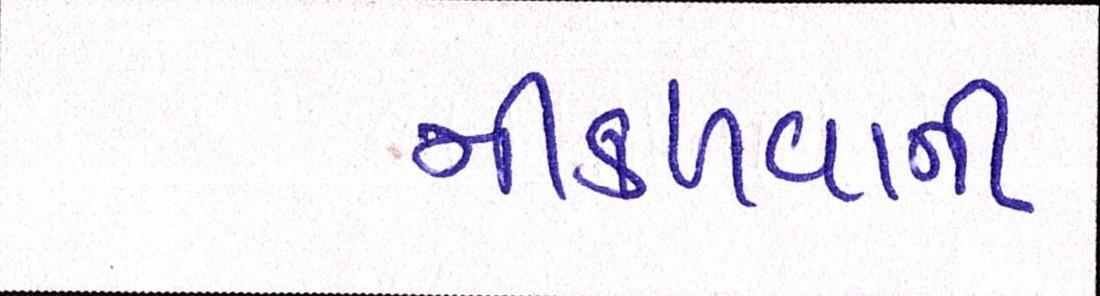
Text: નીકળવાની